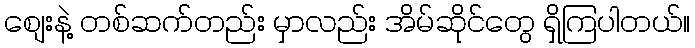
စျေးနဲ့ တစ်ဆက်တည်း မှာလည်း အိမ်ဆိုင်တွေ ရှိကြပါတယ်။